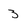
Character: 3